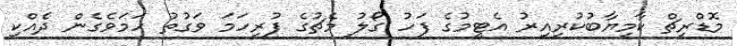
މޮޑްރިޗް ކާމިޔާބުކުރިއިރު އެޓީމުގެ ފަހު ގޯލު މެޗުގެ ފުރިހަމަ ވަގުތު ހަމަވެގެން ދެއްކި